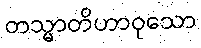
တသ္မာတိဟာဝုသော